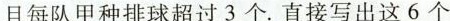
且每队甲种排球超过3个.直接写出这6个